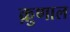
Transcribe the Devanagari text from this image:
क़ुणाल